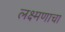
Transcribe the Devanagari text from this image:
लक्ष्मणाचा